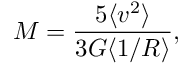
M = \frac { 5 \langle v ^ { 2 } \rangle } { 3 G \langle 1 / R \rangle } ,